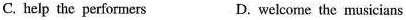
C. help the performers D. welcome the musicians